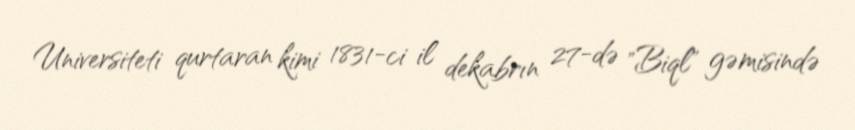
Universiteti qurtaran kimi 1831-ci il dekabrın 27-də "Biql" gəmisində